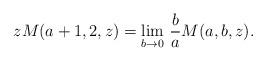
LaTeX: \begin{align*}zM(a+1,2,z) = \lim_{b\to 0}\, \frac{b}{a}M(a,b,z).\end{align*}